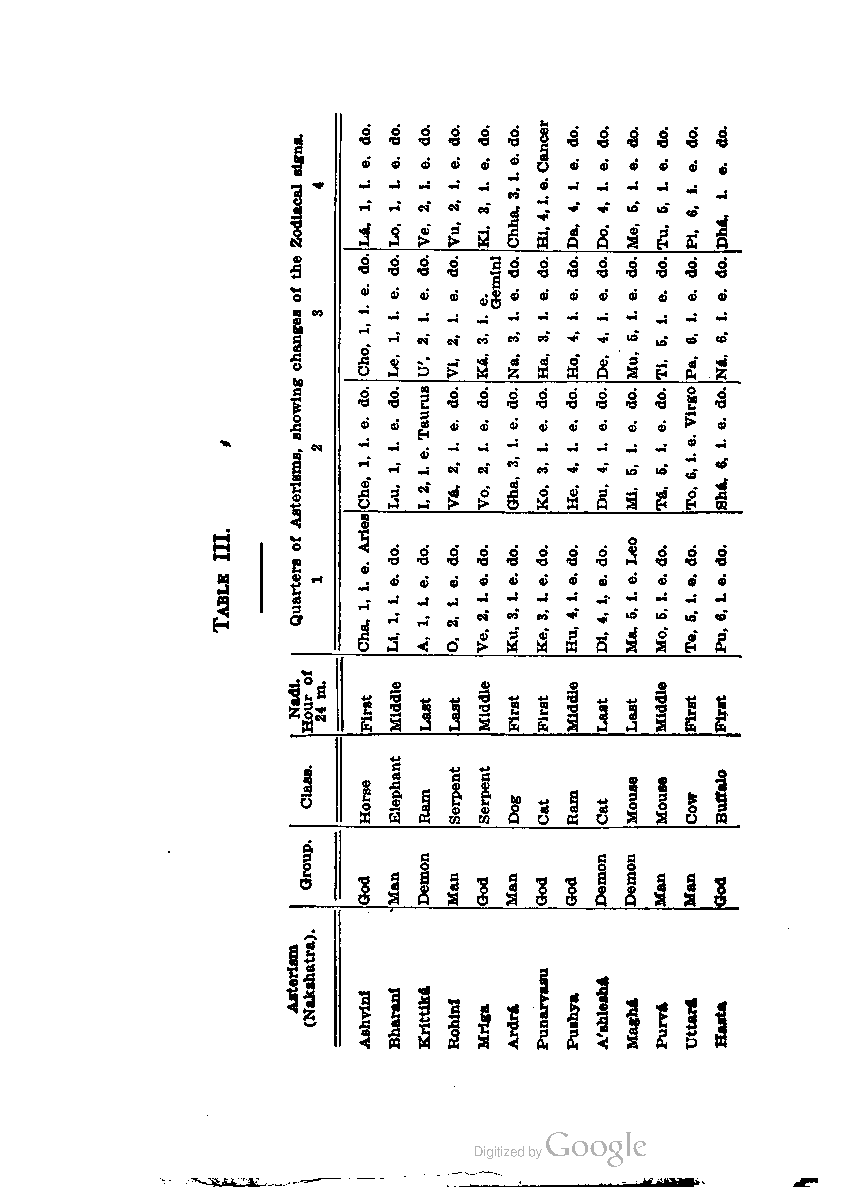
HC41aeni.c,.e,r
 L11deoa.,.., L11deoo.,.., V21deoe.,.., V21deou.,.., K31deoi.,.., C31dheoh.,.a., D1d4eoa.,.., dD41eoo.,.., dM5ieoe.,.., T6ideou.,.., P6ideoi.,.., Dd1eho.a..,
 oQAscotZssuhhotadioaehrirfwngfatiigsceenmanersslsgs,.
 1342
 do. do. do. do. Gemini do. do. do. do. do. do. do. do.
 Ci1eh.o,., L1iee.,., U21e.\,. V21eI.,., K13ea.,., 3Niea..., H31ea.,., H41eo.,., 1D4ee.,., 1M5eu.,., T51ei.,., P61ea.,., N16ea.,.,
 dC1Ieho.e,.., Ld1ieou.,.., I21Taeu.r,,.us dV21eoa.,.., dV21eoo.,.., dG31eho.,a.., d31Keoo.,.., d41Heoe.,.., d1D4eou.,.., d51Meol.,... 51dTeoa.,.., V6iTieor.,.g,o dS61eho.a,..,
 C11Arehi.a,e.s,
 TIaIbIl.e                  M5L1eea.,.o,
 L11deoI.,.., A11deo.,,.. O21deo.,,.. 2V1deoe.,.., K31deou.,.., K31deoe.,.., H41deou.,.., dD41eoi,.,., dM6ieoo.,.., T51deoe.,.., 61Pdeou.,..,
 oHofur
 Nadl.  Middle Middle Middle Middle
 2m4. First Last Last First First Last Last First First
 Elephant
 Class.    Serpent Serpent  Buffalo
 Horse            Mouse Mouse
 Ham   Dog Cat Ram Cat Cow
 Group.
 Demon      Demon Demon
 God Man Man God Man God God Man Man God
 (Nakshatra).
 Asterism
 Punarvasu
 A'shlesha
 Ashvlnl BharanI Krlttlka
 Rohlnl Mriga ArdrA Pushya Magha Purva Uttai* Hasta